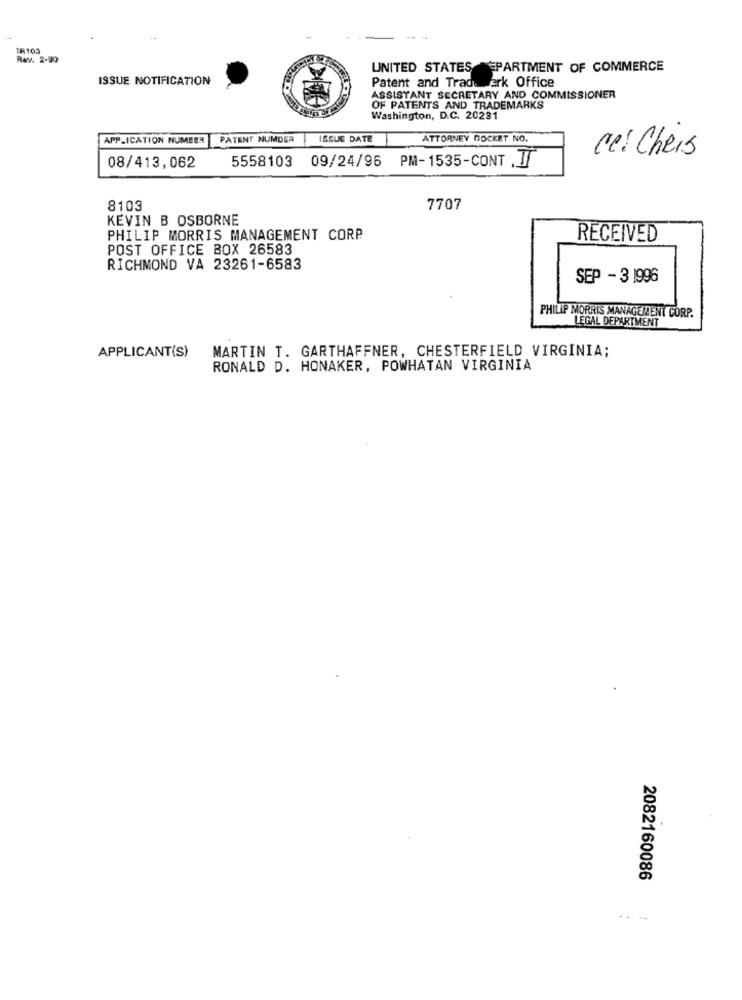
IR163
Rev. 2-90
UNITED STATES PARTMENT OF COMMERCE
ISSUE NOTIFICATION
Patent and Trade erk Office
ASSISTANT SECRETARY AND COMMISSIONER
OF PATENTS AND TRADEMARKS
Washington, D.C. 20281
APPLICATION NUMBER
PATENT NUMDER ISSUE DATE
ATTORNEY DOCKET NO.
ce: Chers
08/413,062
5558103 09/24/96 PM-1535-CONT .J/
8103
7707
KEVIN B OSBORNE
PHILIP MORRIS MANAGEMENT CORP
RECEIVED
POST OFFICE BOX 26583
RICHMOND VA 23261-6583
SEP - 3 1996
PHILIP MORRIS MANAGEMENT CORP.
LEGAL DEPARTMENT
APPLICANT(S)
MARTIN T. GARTHAFFNER, CHESTERFIELD VIRGINIA;
RONALD D. HONAKER, POWHATAN VIRGINIA
2082160086